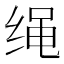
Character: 绳